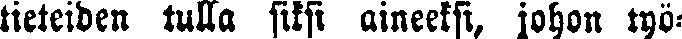
tieteiden tulla siksi aineeksi, johon työ-